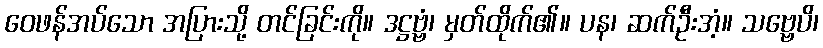
ဝေဖန်အပ်သော အပြားသို့ တင်ခြင်းကို။ ဒဋ္ဌဗ္ဗံ၊ မှတ်ထိုက်၏။ ပန၊ ဆက်ဦးအံ့။ သဗ္ဗေပိ၊